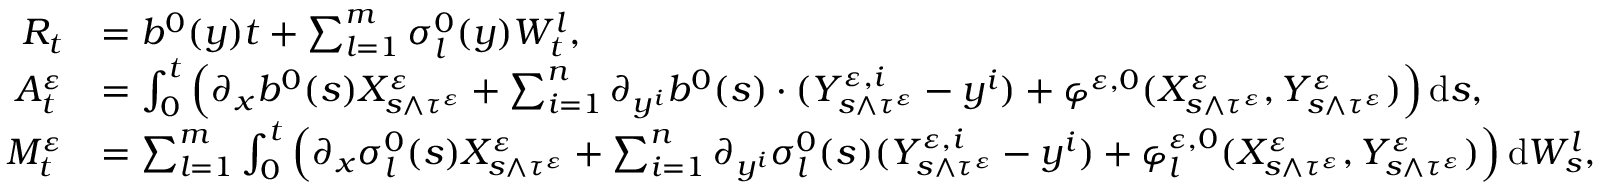
\begin{array} { r l } { R _ { t } } & { = b ^ { 0 } ( y ) t + \sum _ { l = 1 } ^ { m } \sigma _ { l } ^ { 0 } ( y ) W _ { t } ^ { l } , } \\ { A _ { t } ^ { \varepsilon } } & { = \int _ { 0 } ^ { t } \Big ( \partial _ { x } b ^ { 0 } ( s ) X _ { s \wedge \tau ^ { \varepsilon } } ^ { \varepsilon } + \sum _ { i = 1 } ^ { n } \partial _ { y ^ { i } } b ^ { 0 } ( s ) \cdot ( Y _ { s \wedge \tau ^ { \varepsilon } } ^ { \varepsilon , i } - y ^ { i } ) + \varphi ^ { \varepsilon , 0 } ( X _ { s \wedge \tau ^ { \varepsilon } } ^ { \varepsilon } , Y _ { s \wedge \tau ^ { \varepsilon } } ^ { \varepsilon } ) \Big ) \, \mathrm { d } s , } \\ { M _ { t } ^ { \varepsilon } } & { = \sum _ { l = 1 } ^ { m } \int _ { 0 } ^ { t } \Big ( \partial _ { x } \sigma _ { l } ^ { 0 } ( s ) X _ { s \wedge \tau ^ { \varepsilon } } ^ { \varepsilon } + \sum _ { i = 1 } ^ { n } \partial _ { y ^ { i } } \sigma _ { l } ^ { 0 } ( s ) ( Y _ { s \wedge \tau ^ { \varepsilon } } ^ { \varepsilon , i } - y ^ { i } ) + \varphi _ { l } ^ { \varepsilon , 0 } ( X _ { s \wedge \tau ^ { \varepsilon } } ^ { \varepsilon } , Y _ { s \wedge \tau ^ { \varepsilon } } ^ { \varepsilon } ) \Big ) \, \mathrm { d } W _ { s } ^ { l } , } \end{array}